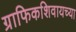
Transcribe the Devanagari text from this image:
ग्राफिकशिवायच्या